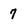
Character: 7